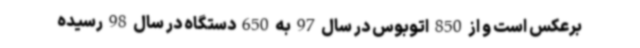
برعکس است و از 850 اتوبوس در سال 97 به 650 دستگاه در سال 98 رسیده